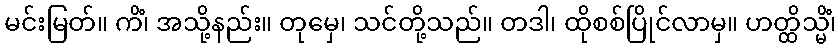
မင်းမြတ်။ ကိံ၊ အသို့နည်း။ တုမှေ၊ သင်တို့သည်။ တဒါ၊ ထိုစစ်ပြိုင်လာမှ။ ဟတ္ထိသ္မိံ၊